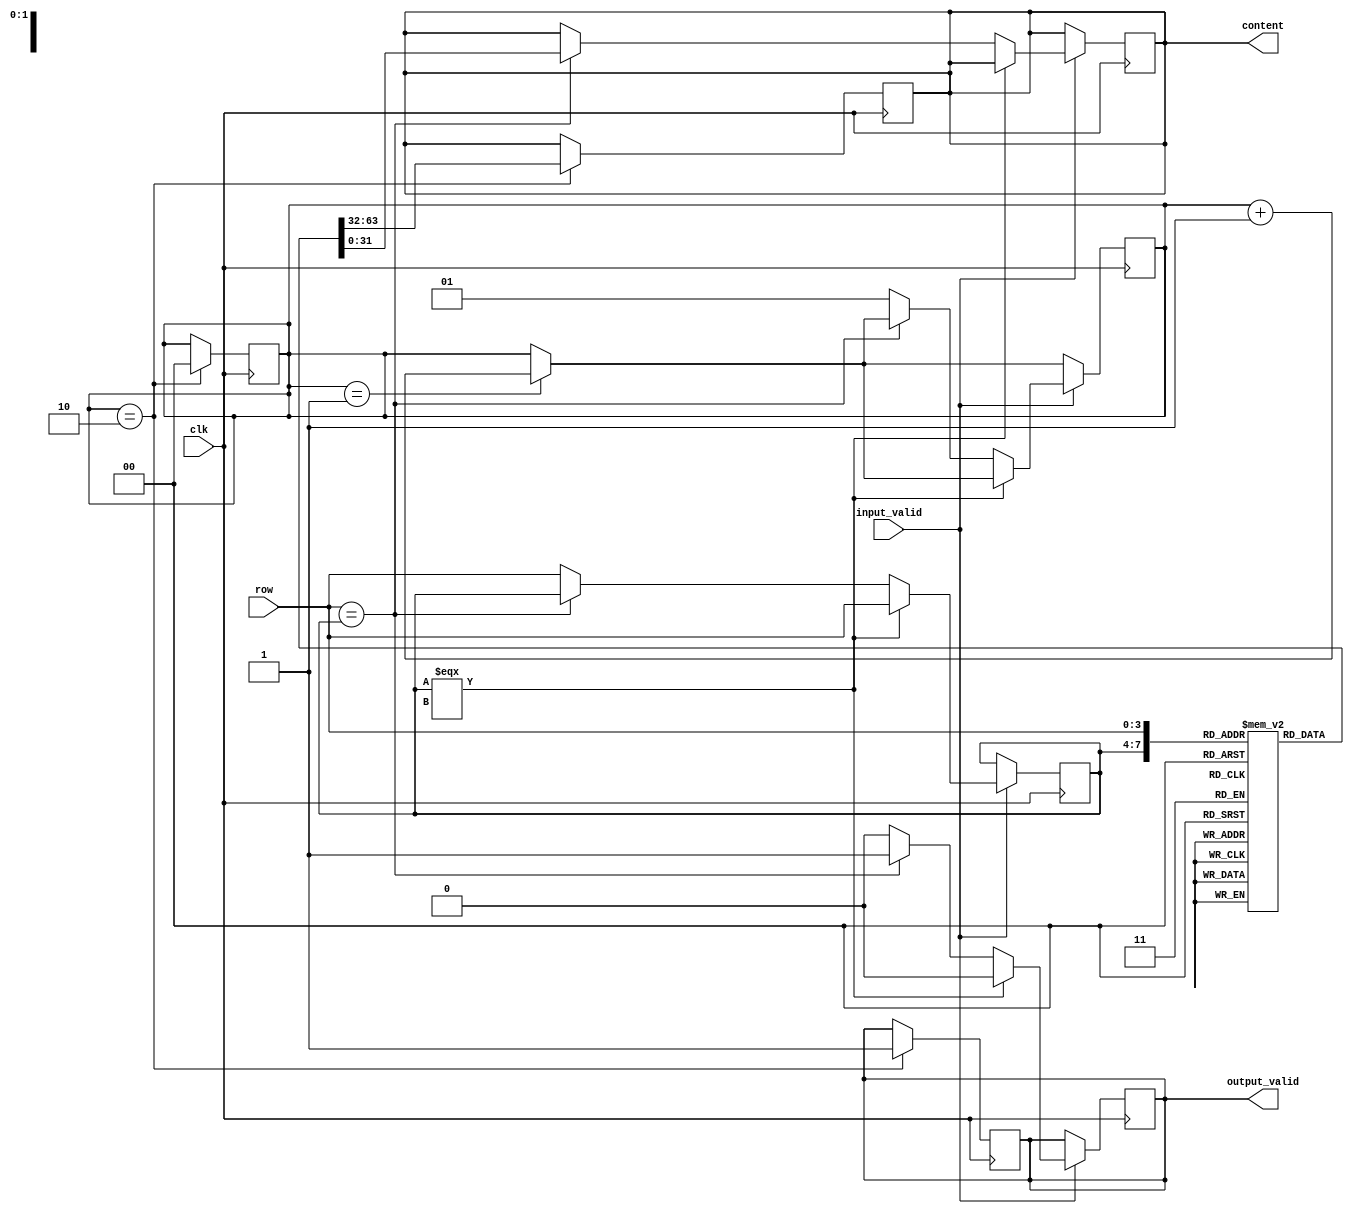
module read(clk, row, input_valid, content, output_valid);

    // Inputs
    input clk;
    input [3:0] row;
    input input_valid;

    // Outputs
    output reg [31:0] content;
    output reg output_valid;

    // Declaration of memory 
    reg [31:0] mem[15:0];

    // Temp variables
    reg [3:0] open_row = 4'bxxxx;
    reg next = 0;
    reg [1:0] count_next = 0;

    // Initialising of memory
    initial begin
        mem[0] = 0;
        mem[1] = 1;
        mem[2] = 2;
        mem[3] = 3;
        mem[4] = 4;
        mem[5] = 5;
        mem[6] = 6;
        mem[7] = 7;
        mem[8] = 8;
        mem[9] = 9;
        mem[10] = 10;
        mem[11] = 11;
        mem[12] = 12;
        mem[13] = 13;
        mem[14] = 14;
        mem[15] = 15;
    end

    // Logic for giving results in next and next-to-next cycles
    always @ (posedge clk) begin
        if (next == 1) begin
            content <= mem[open_row];
            output_valid <= 1;
            next <= 0;
        end  

        if (count_next == 2) begin
            content <= mem[open_row];
            output_valid <= 1;
            count_next <= 0;
        end      
    end

    // Logic for giving the output in current cycle and setting up the output for next and next to next cycles
    always @(posedge clk) begin        
        if (count_next == 1) begin 
            count_next <= count_next + 1;
        end

        if (input_valid == 1) begin
            output_valid <= 0;
            if (open_row === 4'bxxxx) begin
                next <= 1;
                open_row <= row;
            end
            else if (row == open_row) begin
                content <= mem[row];
                output_valid <= 1;
            end
            else begin
                count_next <= 1;
                open_row <= row;
            end
        end
    end

endmodule